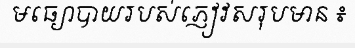
មធ្យោបាយរបស់ភ្ញៀវសរុបមាន ៖